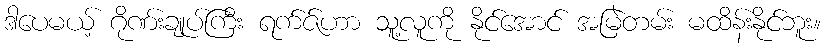
ဒါပေမယ့် ဂိုဏ်းချုပ်ကြီး ရက်ဇ်ဟာ သူ့လူကို နိုင်အောင် အမြဲတမ်း မထိန်းနိုင်ဘူး။